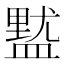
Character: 𱲔